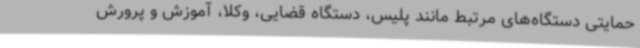
حمایتی دستگاه‌های مرتبط مانند پلیس، دستگاه قضایی، وکلا، آموزش و پرورش